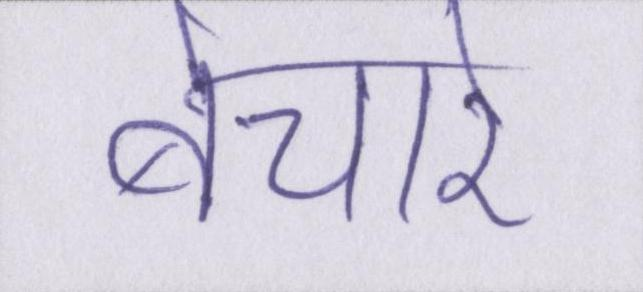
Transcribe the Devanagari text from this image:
बेचारे